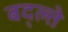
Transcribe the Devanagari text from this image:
बद्ल्ते